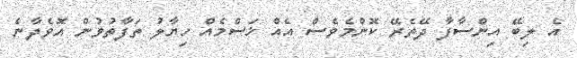
އެ ލިބޭ އިންސާފާ ދޭތެރޭ ކޮންމެވެސް އެއް ޚަސްމެއް ހިޔާލު ތަފާތުވުން އޮވެދާނެ